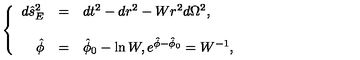
\left\{ \begin{array} { r c l } { d \hat { s } _ { E } ^ { 2 } } & { = } & { d t ^ { 2 } - d r ^ { 2 } - W r ^ { 2 } d \Omega ^ { 2 } , } \\ { } & { } & { } \\ { \hat { \phi } } & { = } & { \hat { \phi } _ { 0 } - \ln W , e ^ { \hat { \phi } - \hat { \phi } _ { 0 } } = W ^ { - 1 } , } \\ \end{array} \right.